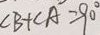
\angle B + \angle A = 9 0 ^ { \circ }